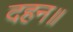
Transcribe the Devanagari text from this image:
दहन॥